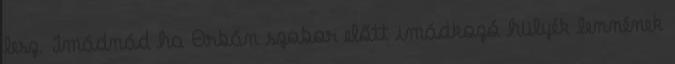
lesz. Imádnád ha Orbán szobor előtt imádkozó hülyék lennének